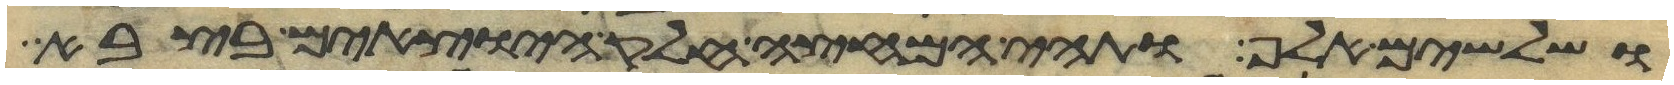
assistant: ושלשים אלף ותהי המחצה חלק היוצאים בצבא